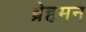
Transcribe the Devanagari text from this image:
ब्रेहमन